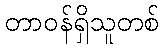
တာဝန်ရှိသူတစ်